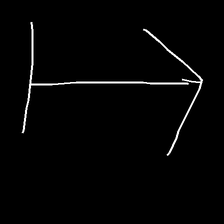
Glyph: levitation